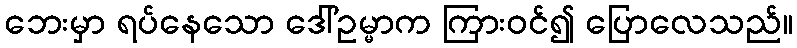
ဘေးမှာ ရပ်နေသော ဒေါ်ဥမ္မာက ကြားဝင်၍ ပြောလေသည်။